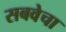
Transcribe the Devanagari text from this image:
सबवेचा